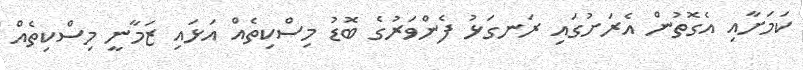
ކަމަށާއި އެގޮތުން އެރަށުގައި ރަނގަޅު ފެންވަރުގެ ބޮޑު މިސްކިތެއް އަޅައި ޒަމާނީ މިސްކިތެއް